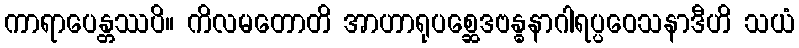
ကာရာပေန္တဿပိ။ ကိလမတောတိ အာဟာရုပစ္ဆေဒဗန္ဓနာဂါရပ္ပဝေသနာဒီဟိ သယံ